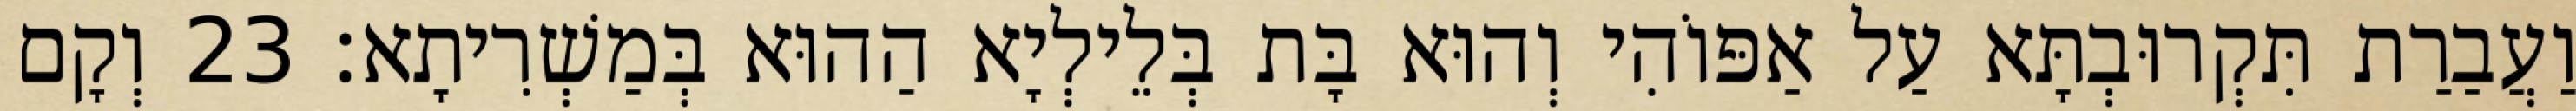
וַעֲבַרַת תִּקְרוּבְתָּא עַל אַפּוֹהִי וְהוּא בָּת בְּלֵילְיָא הַהוּא בְּמַשְׁרִיתָא׃ 23 וְקָם